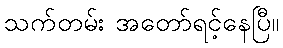
သက်တမ်း အတော်ရင့်နေပြီ။